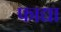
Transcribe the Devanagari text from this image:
फाद्या